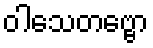
ဝါသေတဗ္ဗော